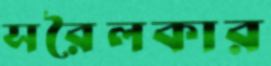
সরৈলকার